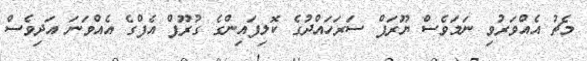
މެޗު އެއްވަރުވި ނަމަވެސް ޔޫރަޕް ސަރަހައްދުގެ ކޮލިފައިންގެ ގުރޫޕް އެފްގެ އެއްވަނަ އަދިވެސް